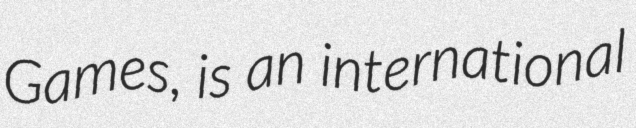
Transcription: Games, is an international